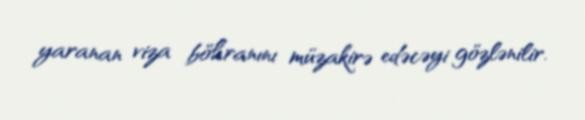
yaranan viza böhranını müzakirə edəcəyi gözlənilir.